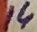
Text: 14